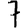
Digit: 7